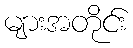
များအတိုင်း